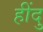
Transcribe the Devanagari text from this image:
हींदु